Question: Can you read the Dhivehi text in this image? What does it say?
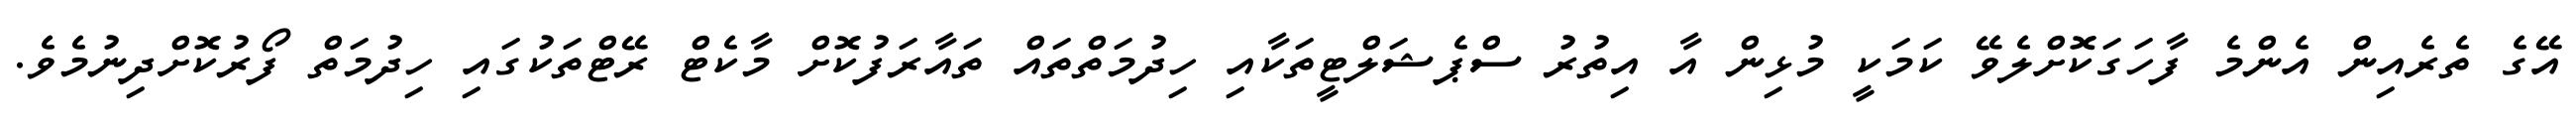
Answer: އޭގެ ތެރެއިން އެންމެ ފާހަގަކޮށްލެވޭ ކަމަކީ މުޅިން އާ އިތުރު ސްޕެޝަލްޓީތަކާއި ހިދުމަތްތައް ތައާރަފުކޮށް މާކެޓް ރޭޓްތަކުގައި ހިދުމަތް ފޯރުކޮށްދިނުމެވެ.